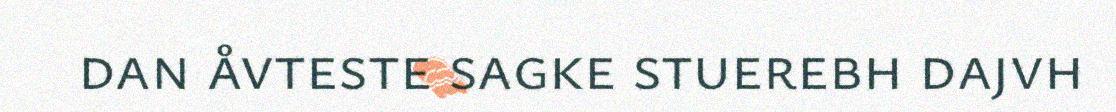
dan åvteste sagke stuerebh dajvh